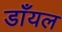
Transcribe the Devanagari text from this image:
डाँयल